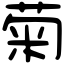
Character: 菊